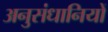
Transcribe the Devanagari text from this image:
अनुसंधानियों